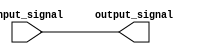
module non_inverting_buffer (
    input wire input_signal,
    output reg output_signal
);

always @ (input_signal) begin
    output_signal = input_signal;
end

endmodule